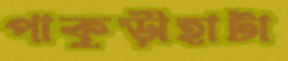
পাকুড়ীহাটা